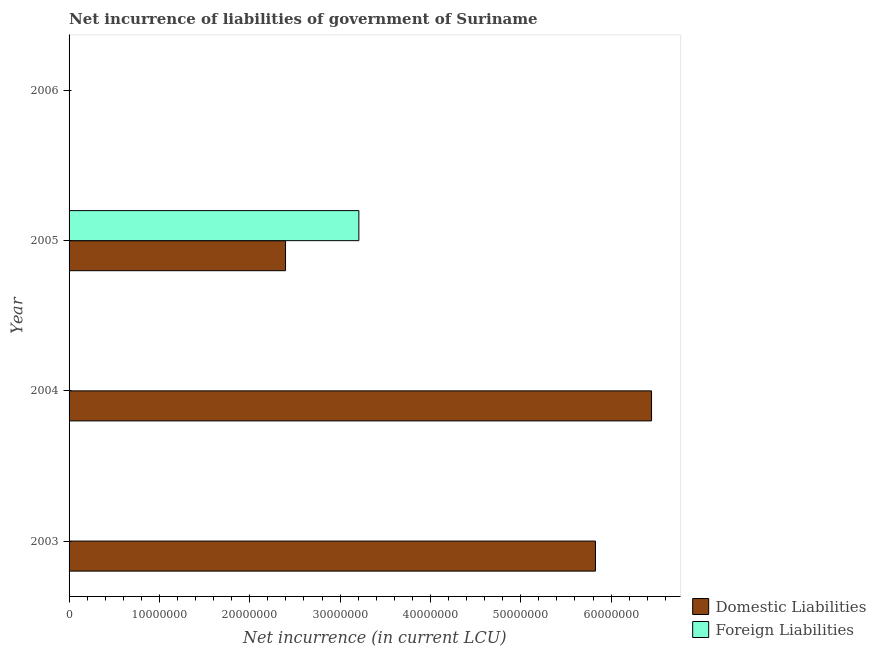
| Year | Domestic Liabilities | Foreign Liabilities |
 | --- | --- | --- |
 | 2003 | 5.83e+07 | -5.56e+07 |
 | 2004 | 6.45e+07 | -4.56e+07 |
 | 2005 | 2.4e+07 | 3.21e+07 |
 | 2006 | -7.33e+06 | -7.99e+07 |